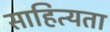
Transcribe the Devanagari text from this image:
साहित्यता